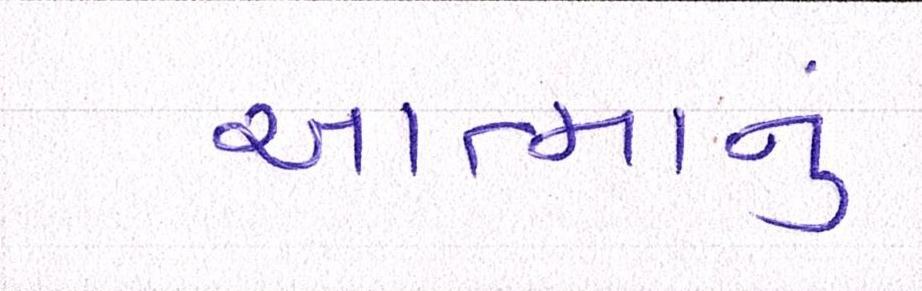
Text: આત્માનું